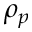
\rho _ { p }